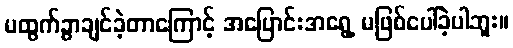
မထွက်ခွာချင်ခဲ့တာကြောင့် အပြောင်းအရွေ့ မဖြစ်ပေါ်ခဲ့ပါဘူး။